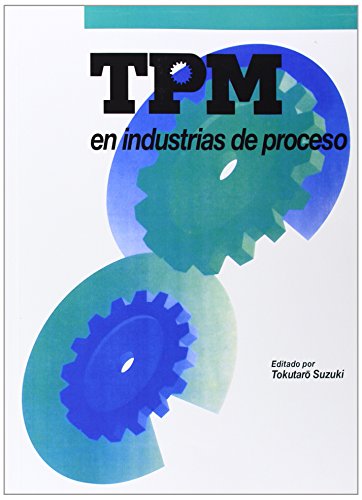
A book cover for TPM en industrias de proceso (Spanish Edition); Tokutaro Suzuki; Business & Money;